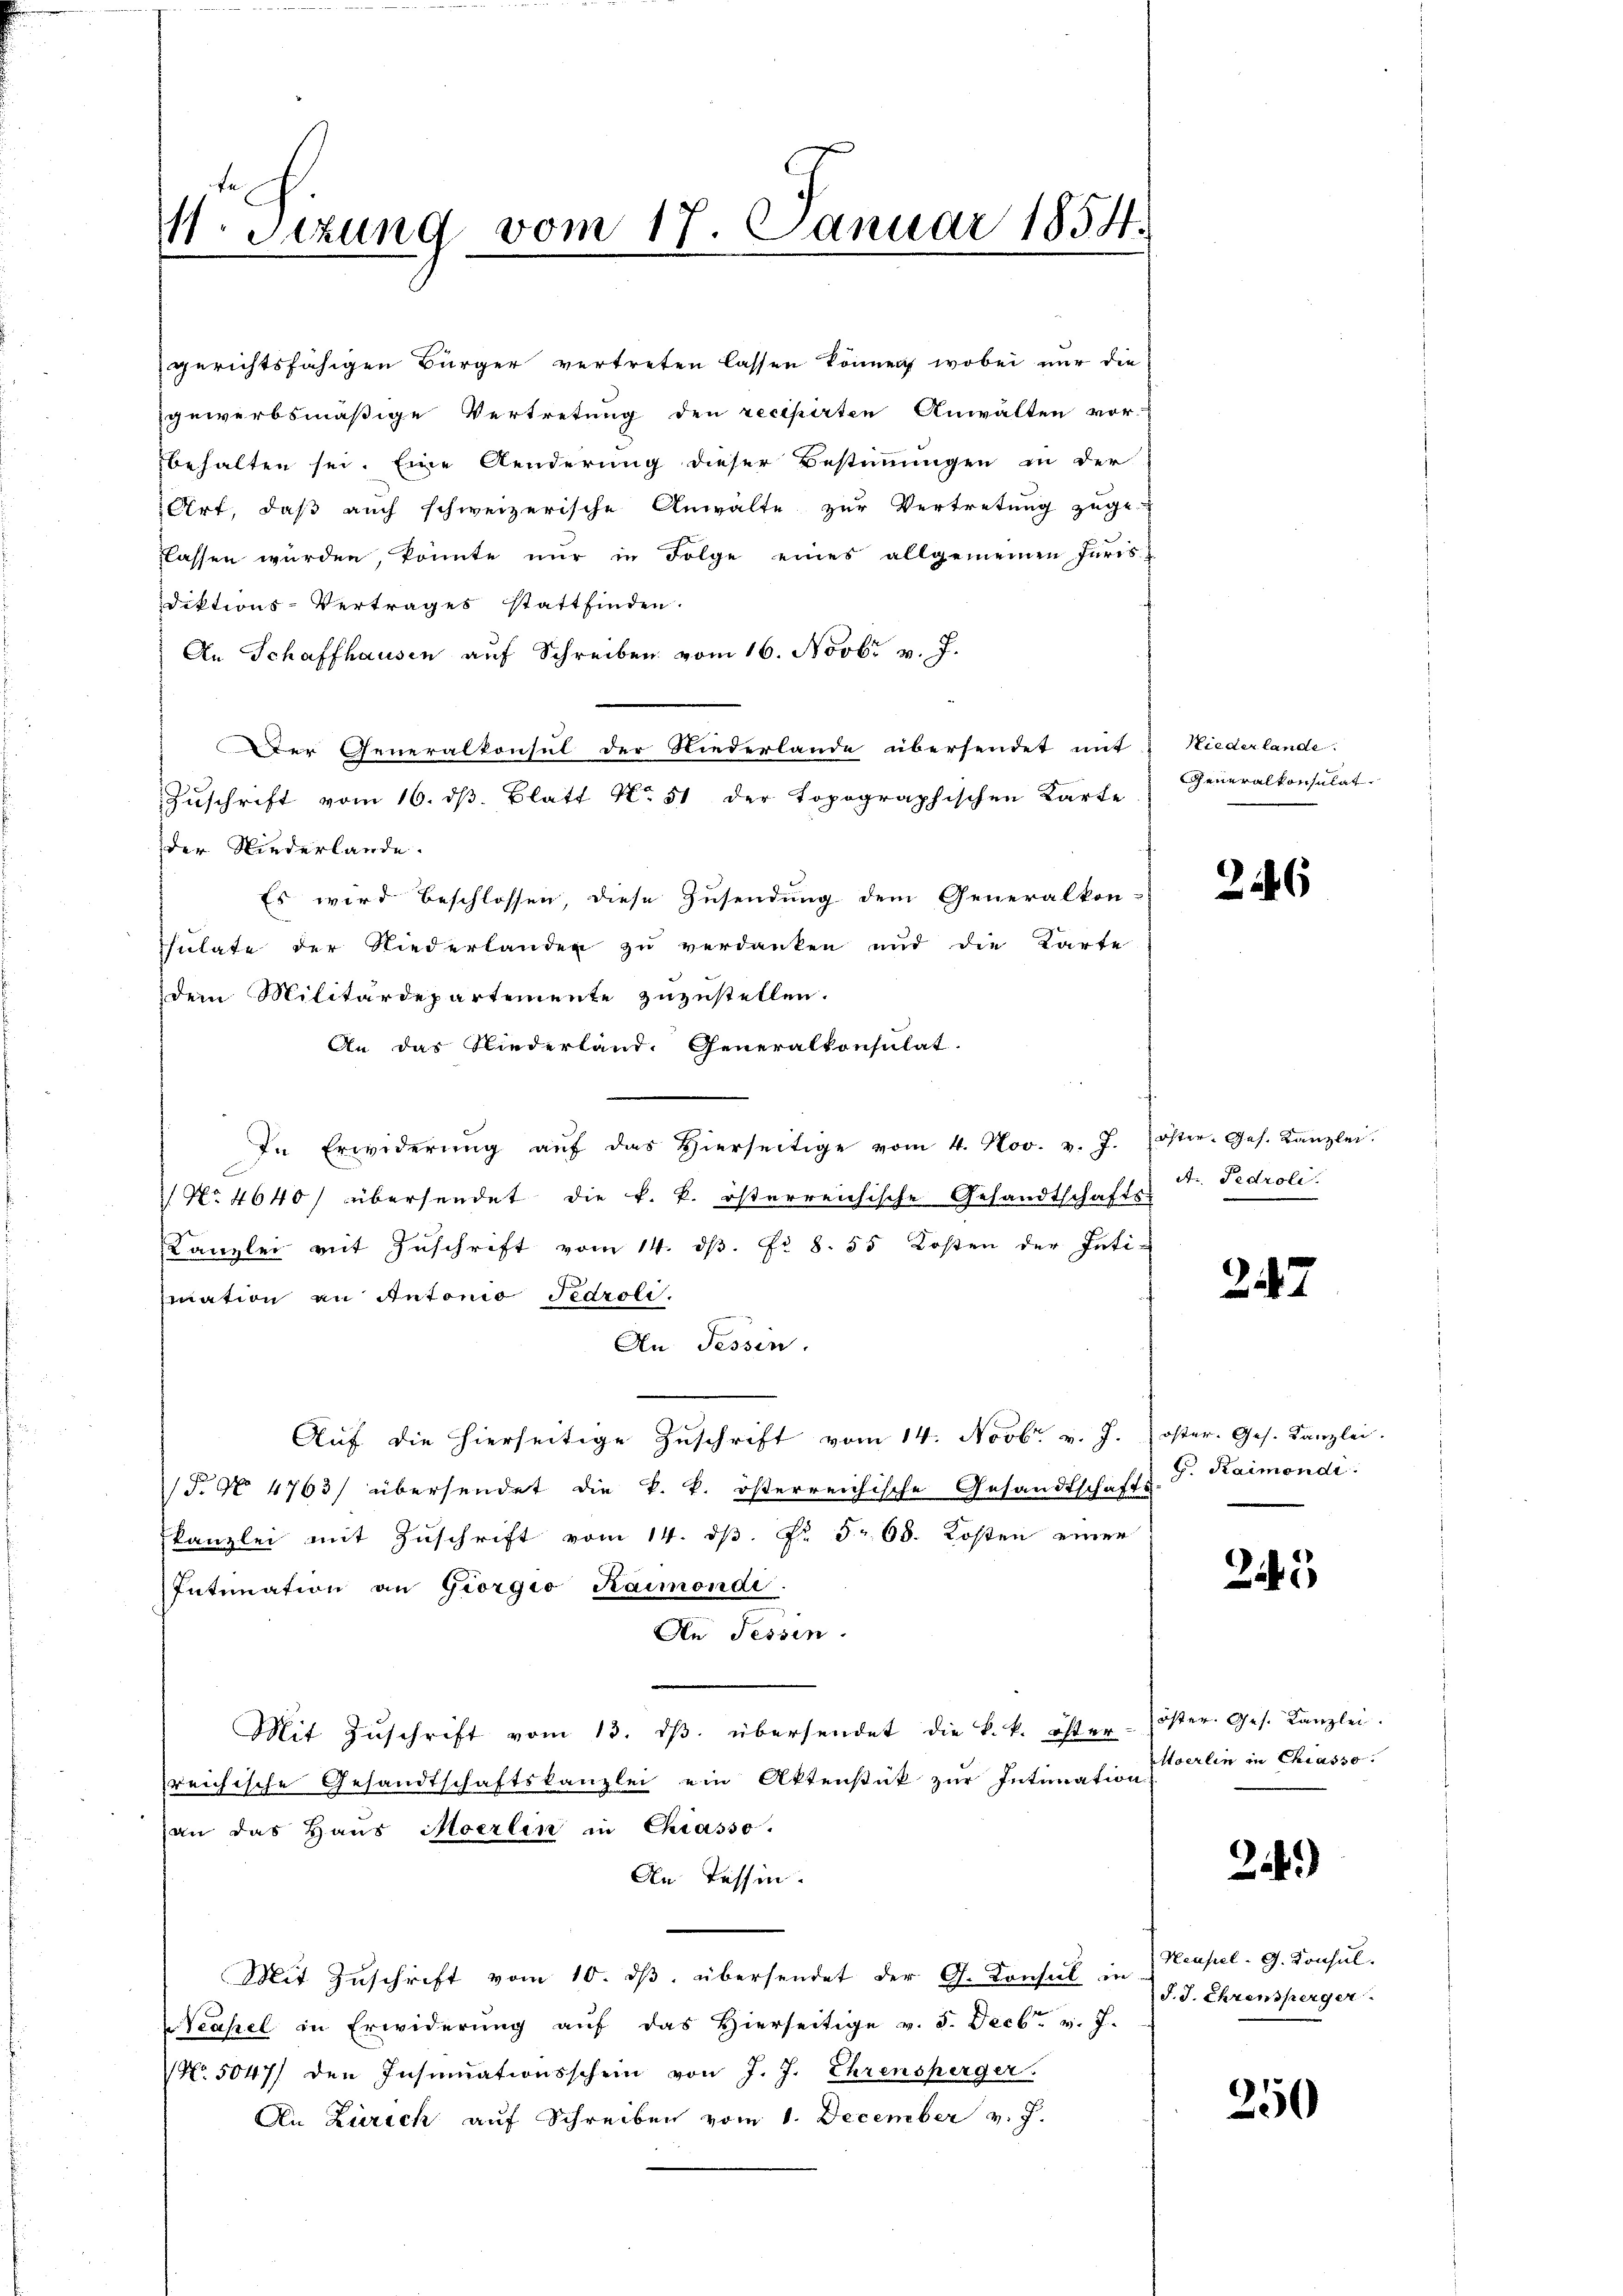
M. Sizung vom 17. Januar 1854.

gerichtsfähigen Bürger vertreten lassen können, wobei nur die
gewerbsmäßige Vertretung den recipirten Anwalten vor-
behalten sei. Eine Aenderung dieser Bestimmungen in der
Ort, daß auch schweizerische Anwalte zur Vertretung zuge-
flassen würden, könnte nur in Folge eines allgemeinen Juris
diktions-Vertrages stattfinden.
An Schaffhausen aŭf Schreiben vom 16. Novbr. v. J.
Der Generalkonsul der Niederlande übersendet mit
Zŭschrift vom 16. dβ. Blatt No. 51 der topographischen Karte
der Niederlande.
Es wird beschlossen, diese Zusendung dem Generalkon-
sulate der Niederlanden zŭ verdanken und die Karte
dem Militärdepartemente zuzustellen.
An das Niederland. Generalkonsulat.
In Erwiderŭng aŭf das hierseitige vom 4. Nov. v. J. öster. Ges. Kanzlei.
 No 4640/ übersendet die k. k. österreichische Gesandtschafts-
Kanzlei mit Zuschrift vom 14. dβ. Nr. 8. 55 Kosten der Inti-
mation an Antonio Fedroli
An Tessin.
Auf die hierseitige Zuschrift vom 14. Novbr. v. J.
T. No 4763/ übersendet die k. k. österreichische Gesandtschafts-
kanzlei mit Zuschrift vom 14. dβ. Nr. 5. 68. Kosten einer
Intimation an Giorgio Kaimondi
An Tessin.
Mit Zŭschrift vom 13. dβ. übersendet die k. k. öster- öster. Ges. Kanzlei.
reichische Gesandtschaftskanzlei ein Aktenstück zur Intimation
an das Haŭs Moerlin in Chiasso.
An Tessin.
Mit Zuschrift vom 10. ds. übersendet der G. Konsul in d. J. Ehrensperger
Weasel in Erwiderung auf das Hierseitige v. 5. Decbr v. J.
No. 5047/ den Insinuationsschein von J. J. Ehrensperger.
An Zürich auf Schreiben vom 1. December v. J.

Niederlande
Generalkonsulat

246

A.. Pedroli

227

öster. Ges. Kanzlei.
b. Raimondi

2

oerlin in Chiasso.

24.)

Heupel- G. Konsul

250